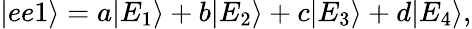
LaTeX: |ee1\rangle=a|E_{1}\rangle+b|E_{2}\rangle+c|E_{3}\rangle+d|E_{4}\rangle,